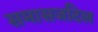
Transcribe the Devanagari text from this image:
समासजटिल